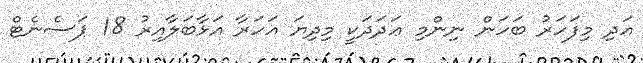
އަދި މިފަހަރު ބަހަން ނިންމި ޢަދަދަކީ މިދިޔަ އަހަރާ އަޅާބަލާއިރު 18 ޕަސެނެޓް